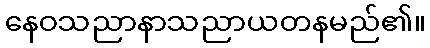
နေဝသညာနာသညာယတနမည်၏။